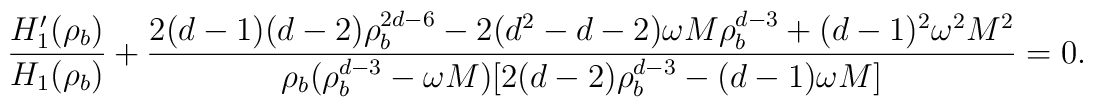
\frac{H_1'(\rho_b)}{ H_1(\rho_b)} + \frac{2(d-1)(d-2) \rho_b^{2d-6} -2(d^2-d-2) \omega M \rho_b^{d -3} + (d-1)^2 \omega^2 M^2}{ \rho_b(\rho_b^{d-3} - \omega M) [2(d-2) \rho_b^{d-3} - (d-1) \omega M]} = 0.